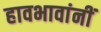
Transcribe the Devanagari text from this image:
हावभावांनीं